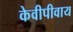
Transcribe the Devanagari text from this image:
केवीपीवाय